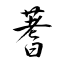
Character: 蓍